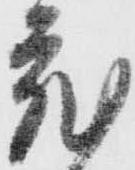
蔵